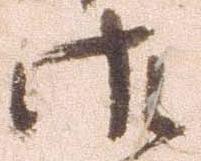
御